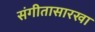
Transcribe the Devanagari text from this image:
संगीतासारखा